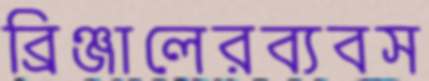
ব্রিঞ্জালেরব্যবস